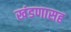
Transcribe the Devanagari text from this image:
खंडणासह